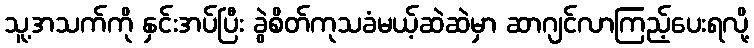
သူ့အသက်ကို နှင်းအပ်ပြီး ခွဲစိတ်ကုသခံမယ့်ဆဲဆဲမှာ ဆာဂျင်လာကြည့်ပေးရလို့